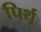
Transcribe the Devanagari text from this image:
पिर्थू